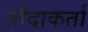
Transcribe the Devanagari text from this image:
सौदाकर्ता